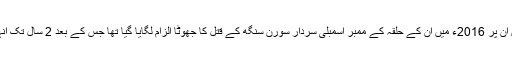
بلدیو کمار کے مطابق ان پر 2016ء میں ان کے حلقہ کے ممبر اسمبلی سردار سورن سنگھ کے قتل کا جھوٹا الزام لگایا گیا تھا جس کے بعد 2 سال تک انہیں جیل میں رکھا گیا۔